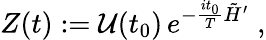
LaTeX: Z(t):={\cal U}(t_{0})\, e^{-\frac{it_{0}}{T}\tilde{H}^{\prime}}\; ,